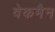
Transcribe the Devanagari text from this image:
वेकमैन